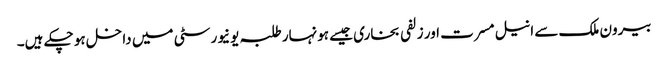
بیرون ملک سے انیل مسرت اور زلفی بخاری جیسے ہونہار طلبہ یونیورسٹی میں داخل ہو چکے ہیں۔